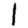
Digit: 1